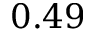
0 . 4 9